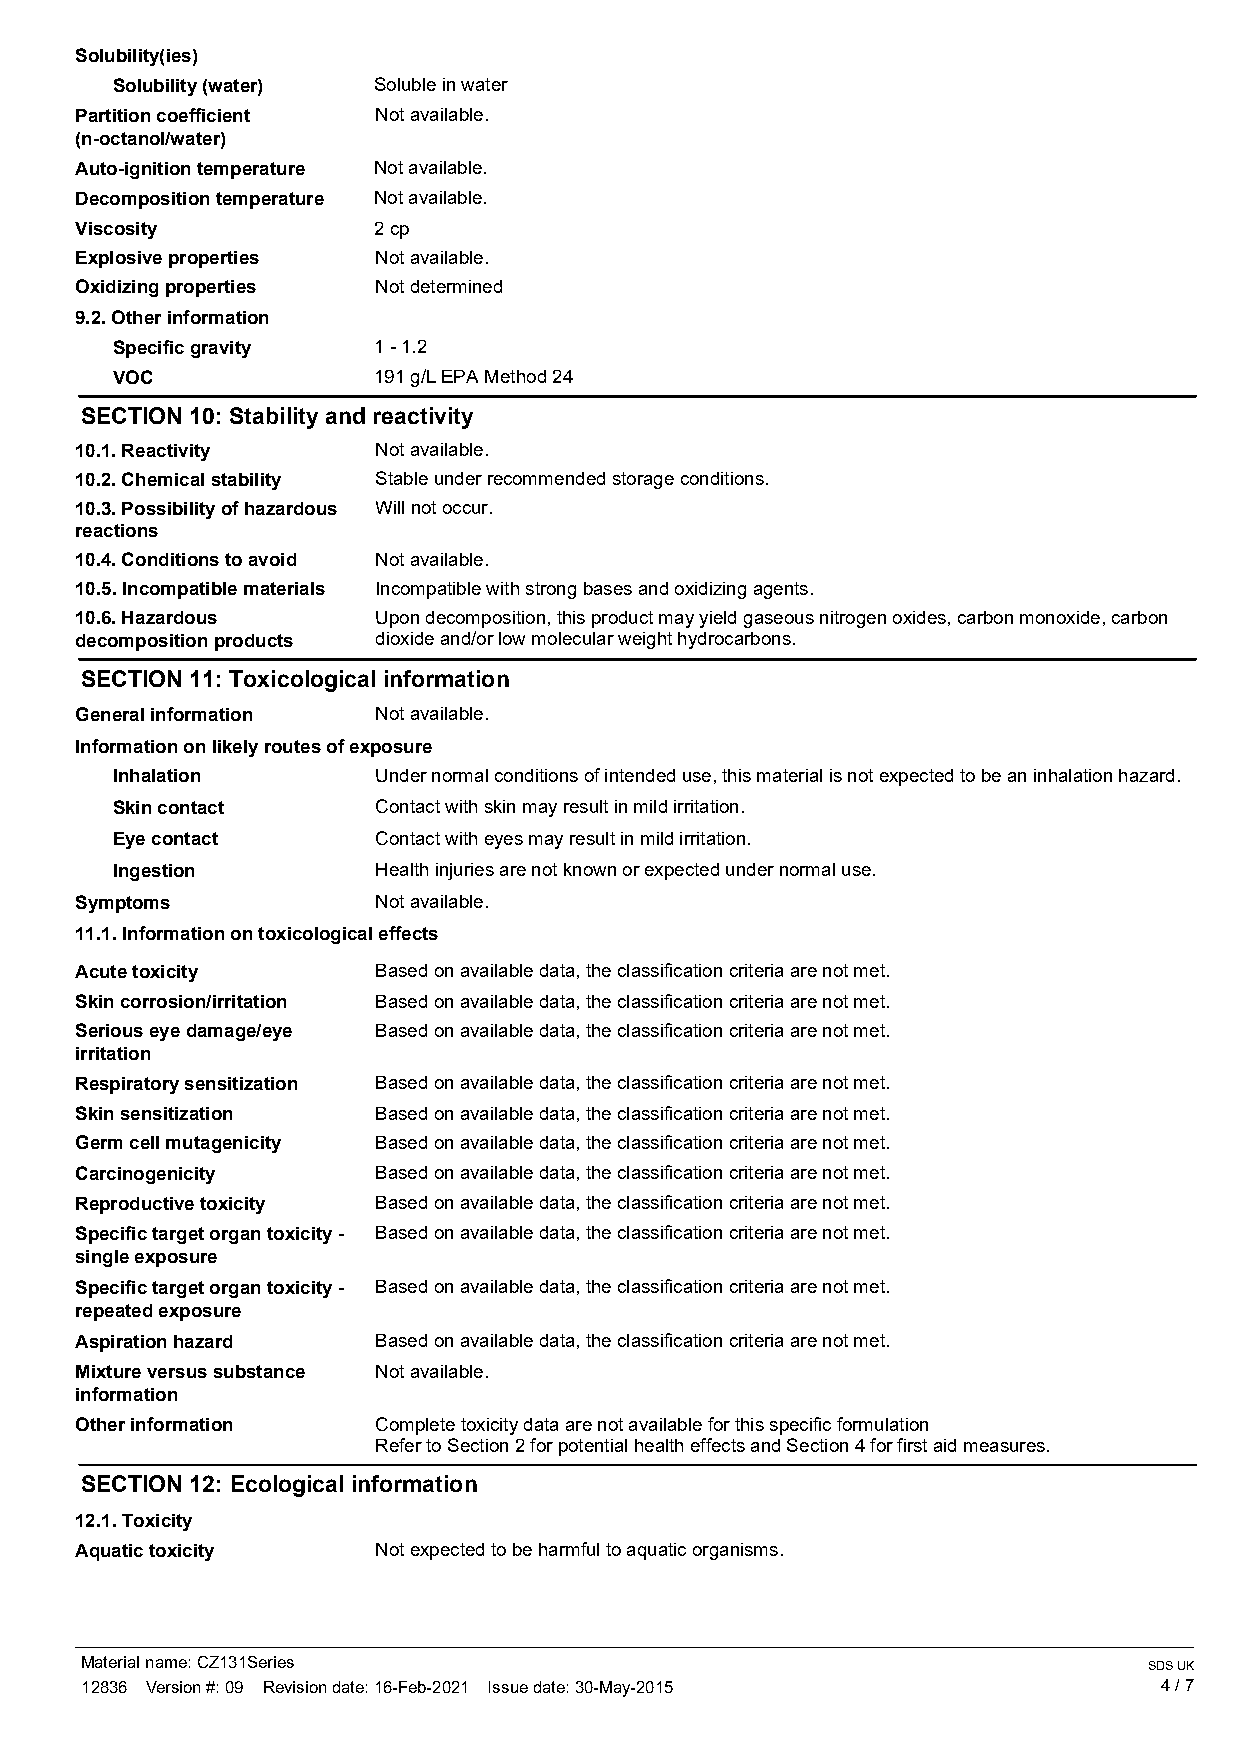
Solubility(ies)
 Solubility (water) Soluble in water
 Partition coefficient Not available.
 (n-octanol/water)
 Auto-ignition temperature Not available.
 Decomposition temperature Not available.
 Viscosity           2 cp
 Explosive properties Not available.
 Oxidizing properties Not determined
 9.2. Other information
 Specific gravity  1 - 1.2
 VOC               191 g/L EPA Method 24
 SECTION 10: Stability and reactivity
 10.1. Reactivity    Not available.
 10.2. Chemical stability Stable under recommended storage conditions.
 10.3. Possibility of hazardous Will not occur.
 reactions
 10.4. Conditions to avoid Not available.
 10.5. Incompatible materials Incompatible with strong bases and oxidizing agents.
 10.6. Hazardous     Upon decomposition, this product may yield gaseous nitrogen oxides, carbon monoxide, carbon
 decomposition products dioxide and/or low molecular weight hydrocarbons.
 SECTION 11: Toxicological information
 General information Not available.
 Information on likely routes of exposure
 Inhalation        Under normal conditions of intended use, this material is not expected to be an inhalation hazard.
 Skin contact      Contact with skin may result in mild irritation.
 Eye contact       Contact with eyes may result in mild irritation.
 Ingestion         Health injuries are not known or expected under normal use.
 Symptoms            Not available.
 11.1. Information on toxicological effects
 Acute toxicity      Based on available data, the classification criteria are not met.
 Skin corrosion/irritation Based on available data, the classification criteria are not met.
 Serious eye damage/eye Based on available data, the classification criteria are not met.
 irritation
 Respiratory sensitization Based on available data, the classification criteria are not met.
 Skin sensitization  Based on available data, the classification criteria are not met.
 Germ cell mutagenicity Based on available data, the classification criteria are not met.
 Carcinogenicity     Based on available data, the classification criteria are not met.
 Reproductive toxicity Based on available data, the classification criteria are not met.
 Specific target organ toxicity - Based on available data, the classification criteria are not met.
 single exposure
 Specific target organ toxicity - Based on available data, the classification criteria are not met.
 repeated exposure
 Aspiration hazard   Based on available data, the classification criteria are not met.
 Mixture versus substance Not available.
 information
 Other information   Complete toxicity data are not available for this specific formulation
 Refer to Section 2 for potential health effects and Section 4 for first aid measures.
 SECTION 12: Ecological information
 12.1. Toxicity
 Aquatic toxicity    Not expected to be harmful to aquatic organisms.
 Material name: CZ131Series                                             SDS UK
 12836 Version #: 09 Revision date: 16-Feb-2021 Issue date: 30-May-2015  4 / 7